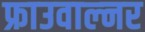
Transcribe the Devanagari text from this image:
फ्राउवाल्नर